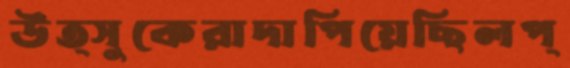
উত্সুকেরাদাপিয়েছিলপ্